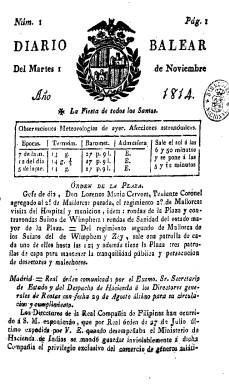
Título: Diario balear
Colección: Periódicos anteriores a 1850
Ámbito geográfico: Baleares
Lugar de publicación: Palma de Mallorca
Fechas: 01/11/1814-17/03/1820

Aparece su primer número el martes, uno de noviembre de 1814, estampado en la imprenta de su fundador, director y principal redactor, Felipe Guasp y Barberí, tras el restablecimiento del gobierno absolutista fernandino en mayo de ese año, y participará en la persecución y represión de los elementos liberales mallorquines del primer periodo constitucional español, como fue el caso de Joaquín Pérez de Arrieta (Rodríguez Morín: 2015 y 2016). Previamente, a partir del uno de noviembre de 1813, su hermano Melchor Guasp se había hecho cargo de la impresión de Diario de Palma, que el barcelonés Antonio Brussi había fundado el seis de septiembre de 1811 en esta ciudad.

La colección en la Biblioteca Nacional de España de ese Diario de Palma –clasificado por Gil Novales (2009) como “periódico antiliberal”– alcanza hasta el 30 de diciembre de 1813, y la bibliografía de referencia llega a confundirlo con este Diario balear, señalando que aquel ya fue estampado por Felipe Guasp, quien había reunificado varias imprentas de Palma de Mallorca, entre las que estaban la de su hermano y la de su propia mujer (Bover: 1862).

Guasp se convertirá en un importante impresor y librero mallorquín, y este Diario balear sería así la continuación de su trabajo periodístico anterior, que –a través de sus diversos títulos– se convertirá en “columna vertebral” de la prensa mallorquina y el de mayor tirada, principalmente, a lo largo de la primera mitad del XIX, adoptando un carácter noticioso y políticamente neutro, aunque siempre ligado al gobierno vigente de cada momento. En esta su primera etapa será un diario típico de aquéllos años, en 4º y de cuatro páginas (a veces, ocho) compuestas a una columna, en cuya cabecera estampará el escudo de armas de la ciudad.

Cada entrega comienza con el santoral, las observaciones meteorológicas y las afecciones astronómicas, para a continuación publicar noticias oficiosas (órdenes de la plaza, reales órdenes o circulares); el movimiento portuario a través de Capitanía; noticias extranjeras, de España y de Mallorca, entre estas las de Avisos (precios y venta de productos) o cartelera teatral, así como variedades. Recorrerá el “triste periodo absolutista” publicando, principalmente, artículos de oficio de las autoridades, así como otros contenidos misceláneos y de naturaleza práctica (Durán López: 2006).

Tras dejar de salir desde el 29 de mayo de 1815, como consecuencia de la real orden de prohibición de todos los periódicos, excepto la Gaceta de Madrid y Diario de Madrid, el impresor obtendrá licencia para continuarlo a partir del uno de abril de 1816, aunque sin el grabado con el escudo en su cabecera, y reiniciando la numeración. Cesó en su publicación el 17 de marzo de 1820 y, a partir del día siguiente, Guasp sacará una nueva cabecera: Diario constitucional de Palma (1820-1823), y recuperará la de Diario balear en el periodo 1823-1836.

Además de las fuentes ya citadas para este periódico, véanse también los trabajos de Díaz de Castro (1976), Sabater (1985), Serra Busquets y Company Matas (1994), Ferrer Flórez (1994 y 2008), Valenciano i López (2009) y Roselló-Pórcel (2013), y para la época napoleónica el de Santos Oliver (1901).